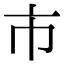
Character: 市